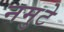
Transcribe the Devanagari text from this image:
नमुटे